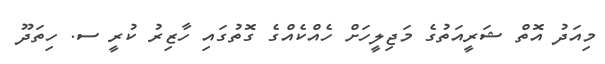
މިއަދު އޮތް ޝަރީއަތުގެ މަޖިލީހަށް ހެއްކެއްގެ ގޮތުގައި ހާޒިރު ކުރީ ސ. ހިތަދޫ